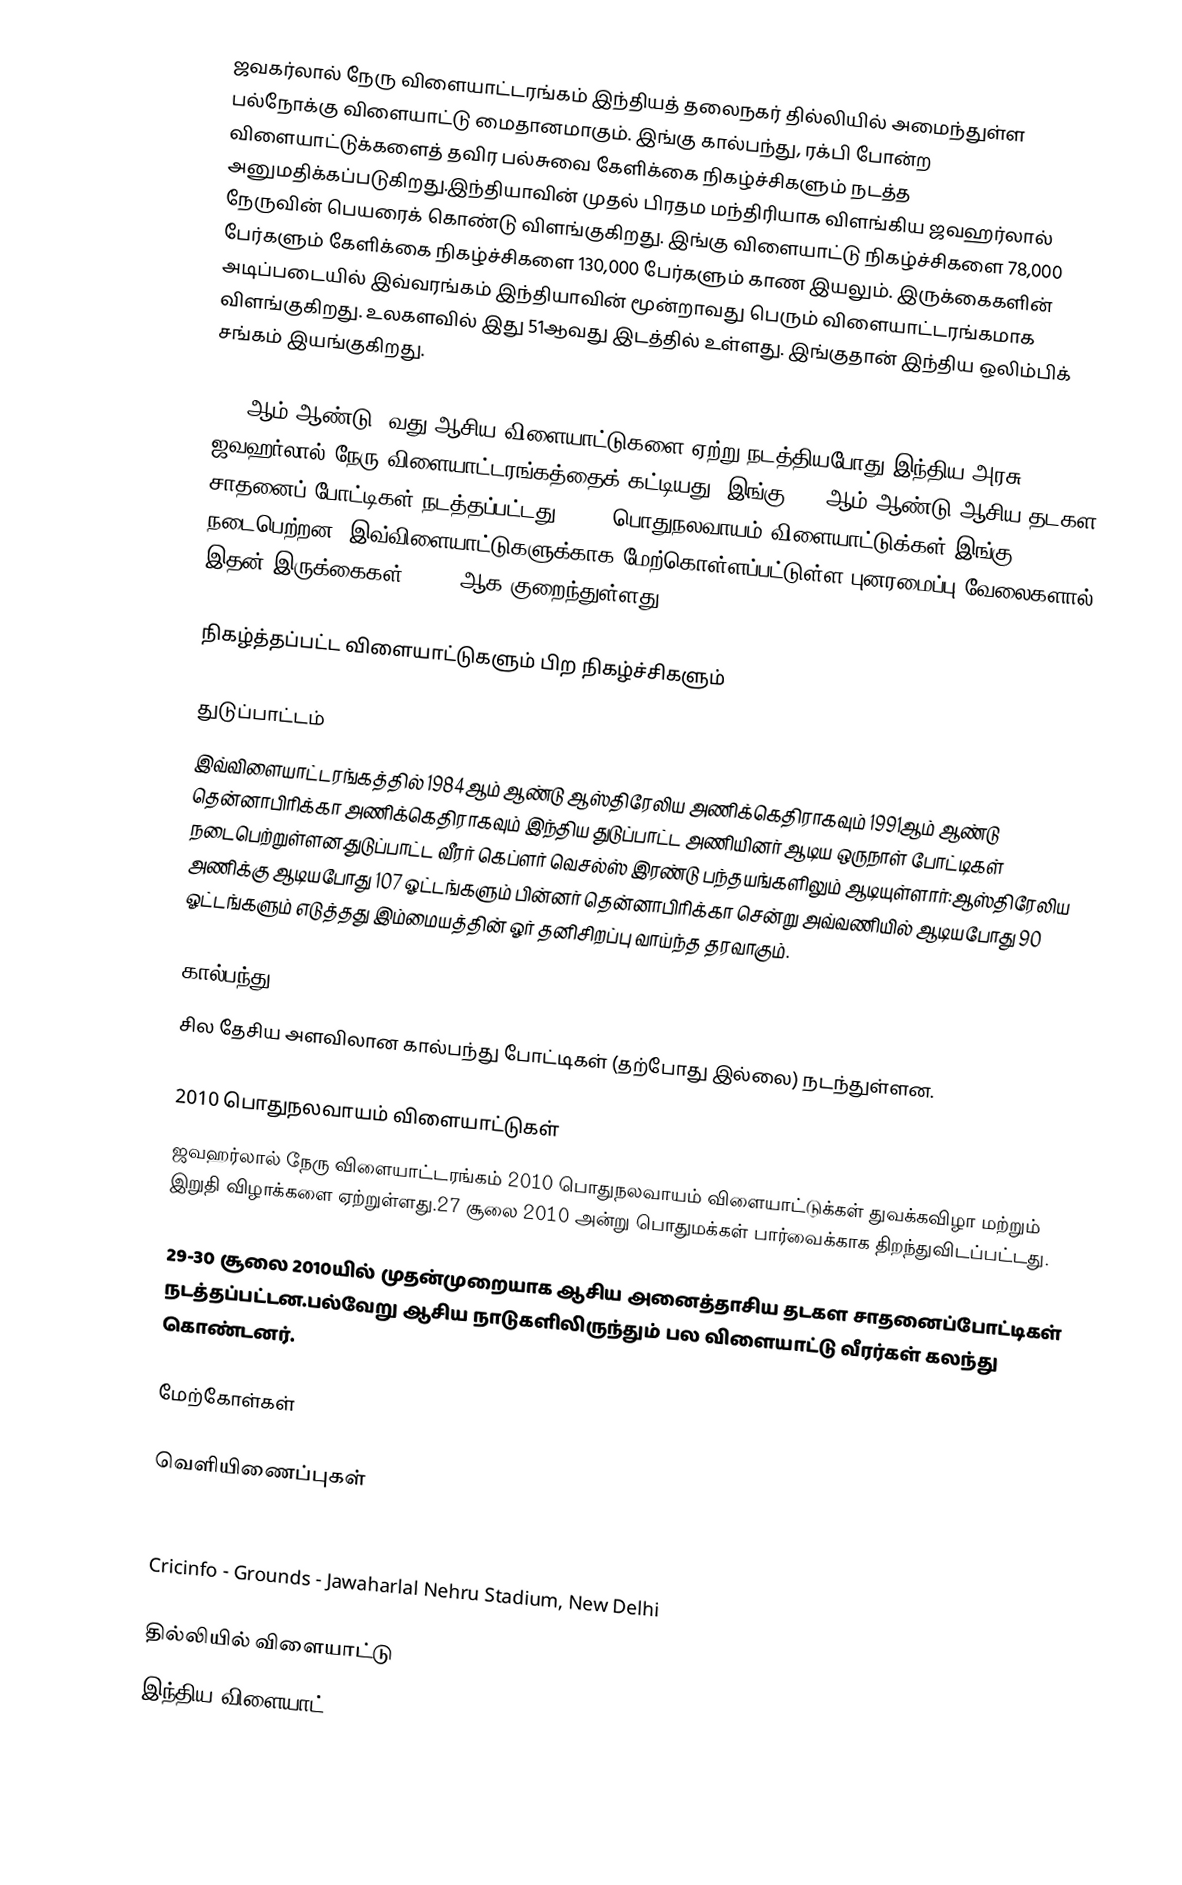
ஜவகர்லால் நேரு விளையாட்டரங்கம்  இந்தியத் தலைநகர் தில்லியில் அமைந்துள்ள பல்நோக்கு விளையாட்டு மைதானமாகும். இங்கு கால்பந்து, ரக்பி போன்ற விளையாட்டுக்களைத் தவிர பல்சுவை கேளிக்கை நிகழ்ச்சிகளும் நடத்த அனுமதிக்கப்படுகிறது.இந்தியாவின் முதல் பிரதம மந்திரியாக விளங்கிய ஜவஹர்லால் நேருவின் பெயரைக் கொண்டு விளங்குகிறது. இங்கு விளையாட்டு நிகழ்ச்சிகளை 78,000 பேர்களும்  கேளிக்கை நிகழ்ச்சிகளை 130,000 பேர்களும் காண இயலும். இருக்கைகளின் அடிப்படையில் இவ்வரங்கம் இந்தியாவின் மூன்றாவது பெரும் விளையாட்டரங்கமாக விளங்குகிறது. உலகளவில் இது 51ஆவது இடத்தில் உள்ளது. இங்குதான் இந்திய ஒலிம்பிக் சங்கம் இயங்குகிறது.

1982ஆம் ஆண்டு 9வது ஆசிய விளையாட்டுகளை ஏற்று நடத்தியபோது இந்திய அரசு ஜவஹர்லால் நேரு விளையாட்டரங்கத்தைக் கட்டியது. இங்கு 1990ஆம் ஆண்டு ஆசிய தடகள சாதனைப் போட்டிகள் நடத்தப்பட்டது. 2010 பொதுநலவாயம் விளையாட்டுக்கள் இங்கு நடைபெற்றன.  இவ்விளையாட்டுகளுக்காக மேற்கொள்ளப்பட்டுள்ள புனரமைப்பு வேலைகளால் இதன் இருக்கைகள் 60,000ஆக குறைந்துள்ளது.

நிகழ்த்தப்பட்ட விளையாட்டுகளும் பிற நிகழ்ச்சிகளும்

துடுப்பாட்டம்
இவ்விளையாட்டரங்கத்தில் 1984ஆம் ஆண்டு ஆஸ்திரேலிய அணிக்கெதிராகவும் 1991ஆம் ஆண்டு தென்னாபிரிக்கா அணிக்கெதிராகவும் இந்திய துடுப்பாட்ட அணியினர் ஆடிய ஒருநாள் போட்டிகள் நடைபெற்றுள்ளன.துடுப்பாட்ட வீரர் கெப்ளர் வெசல்ஸ் இரண்டு பந்தயங்களிலும் ஆடியுள்ளார்:ஆஸ்திரேலிய அணிக்கு ஆடியபோது 107 ஓட்டங்களும் பின்னர் தென்னாபிரிக்கா சென்று அவ்வணியில் ஆடியபோது 90 ஓட்டங்களும் எடுத்தது இம்மையத்தின் ஓர் தனிசிறப்பு வாய்ந்த தரவாகும்.

கால்பந்து
சில தேசிய அளவிலான கால்பந்து போட்டிகள் (தற்போது இல்லை) நடந்துள்ளன.

2010 பொதுநலவாயம் விளையாட்டுகள்
ஜவஹர்லால் நேரு விளையாட்டரங்கம் 2010 பொதுநலவாயம் விளையாட்டுக்கள் துவக்கவிழா மற்றும் இறுதி விழாக்களை ஏற்றுள்ளது.27 சூலை 2010 அன்று பொதுமக்கள் பார்வைக்காக திறந்துவிடப்பட்டது.

29-30  சூலை 2010யில் முதன்முறையாக ஆசிய அனைத்தாசிய தடகள சாதனைப்போட்டிகள் நடத்தப்பட்டன.பல்வேறு ஆசிய நாடுகளிலிருந்தும் பல விளையாட்டு வீரர்கள் கலந்து கொண்டனர்.

மேற்கோள்கள்

வெளியிணைப்புகள்

 Football Temples of the World-India
 Cricinfo - Grounds - Jawaharlal Nehru Stadium, New Delhi

தில்லியில் விளையாட்டு
இந்திய விளையாட்